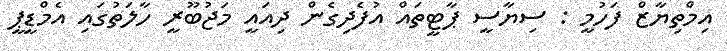
އިމްތިޔާޒް ފަހުމީ : ސިޔާސީ ޕާޓީތައް އުފެދިގެން ދިއައީ މަޖުބޫރީ ހާލަތުގައި އެމްޑީޕީ